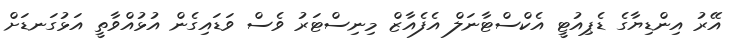
އޭރު އިންޑިޔާގެ ޑެޕިއުޓީ އެކްސްޓާނަލް އެފެއާޒް މިނިސްޓަރު ވެސް ވަޑައިގެން އުޅުއްވާތީ އަޅުގަނޑަށް